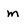
Character: m